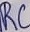
Text: RC